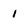
Character: 1